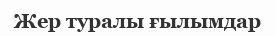
Жер туралы ғылымдар